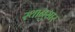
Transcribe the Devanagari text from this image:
स्थानुसार